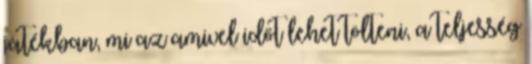
játékban, mi az amivel időt lehet tölteni, a teljesség